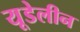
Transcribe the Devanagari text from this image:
यूडेलीन